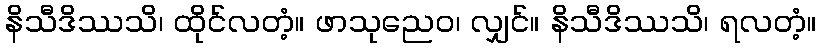
နိသီဒိဿသိ၊ ထိုင်လတံ့။ ဖာသုညေဝ၊ လျှင်။ နိသီဒိဿသိ၊ ရလတံ့။